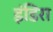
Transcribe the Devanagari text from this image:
इंडिरा